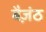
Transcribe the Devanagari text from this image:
बैज़ंठ